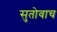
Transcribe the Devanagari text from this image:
सुतोवाच